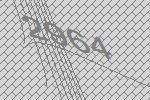
2964